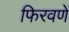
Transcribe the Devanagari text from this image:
फिरवणें